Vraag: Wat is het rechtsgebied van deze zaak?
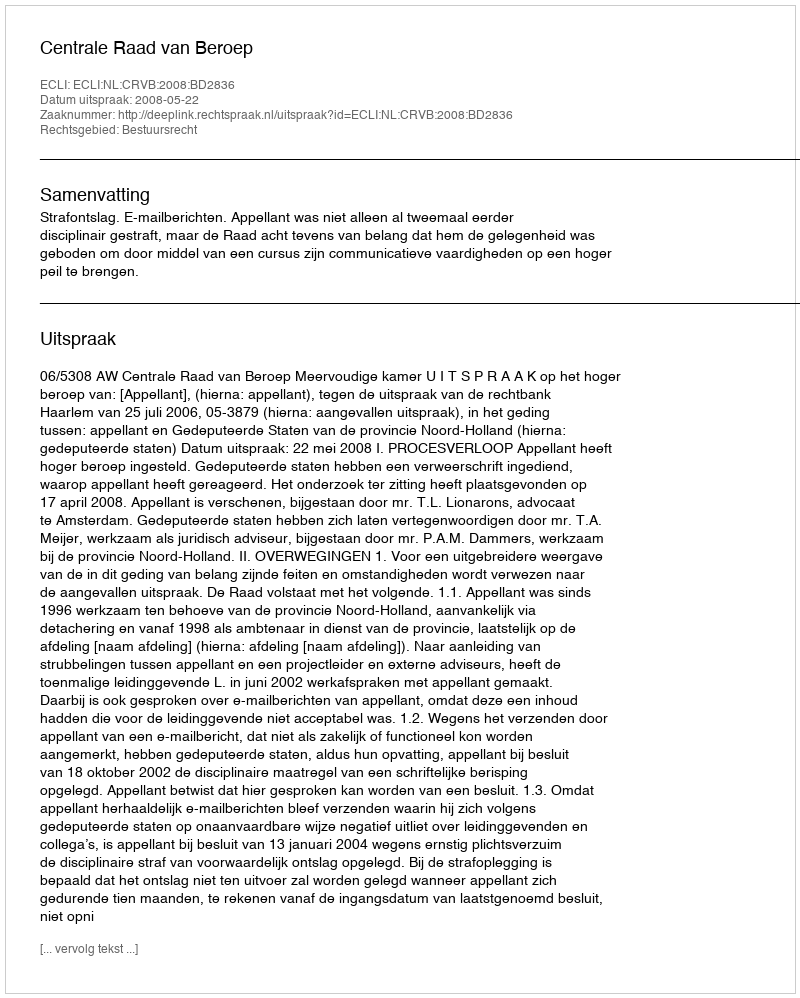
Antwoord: Bestuursrecht